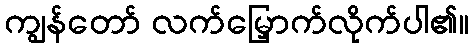
ကျွန်တော် လက်မြှောက်လိုက်ပါ၏။